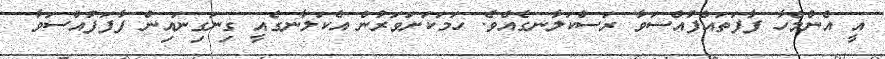
އީ އެންމެހާ ފާފަތައްފުއްސަވާ ރަސްކަލާނގެއެވެ. ހަމަކަށަވަރުން އެކަލާނގެއީ ގިނަގިނައިން ފާފަފުއްސަވާ